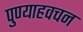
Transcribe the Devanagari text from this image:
पुण्याहवचन